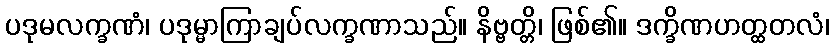
ပဒုမလက္ခဏံ၊ ပဒုမ္မာကြာချပ်လက္ခဏာသည်။ နိဗ္ဗတ္တိ၊ ဖြစ်၏။ ဒက္ခိဏဟတ္ထတလံ၊